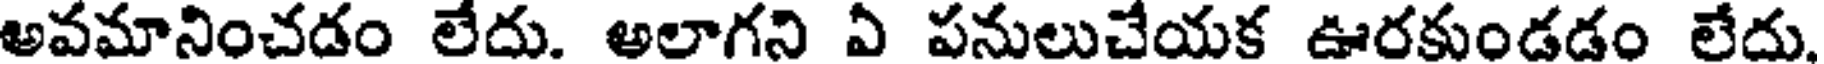
అవమానించడం లేదు. అలాగని ఏ పనులుచేయక ఊరకుండడం లేదు